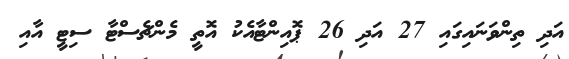
އަދި ތިންވަނައިގައި 27 އަދި 26 ޕޮއިންޓާއެކު އޮތީ މެންޗެސްޓާ ސިޓީ އާއި